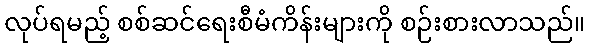
လုပ်ရမည့် စစ်ဆင်ရေးစီမံကိန်းများကို စဉ်းစားလာသည်။